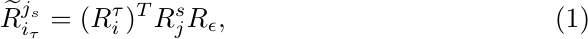
\begin{equation}\label{40}
\widetilde{R}_{i_\tau}^{j_s}=(R_i^\tau)^TR_j^sR_\epsilon,
\end{equation}